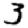
Digit: 3